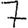
Digit: 7